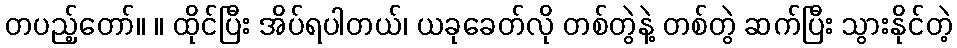
တပည့်တော်။ ။ ထိုင်ပြီး အိပ်ရပါတယ်၊ ယခုခေတ်လို တစ်တွဲနဲ့ တစ်တွဲ ဆက်ပြီး သွားနိုင်တဲ့